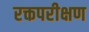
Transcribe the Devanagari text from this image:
रक्तपरीक्षण